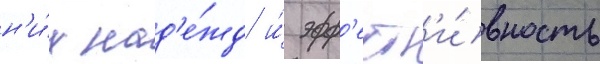
н'и́х над'е́жд и́ эфф'ект'и́вность